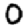
Digit: 0